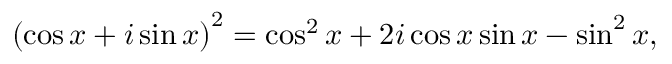
\left( \cos x + i \sin x \right) ^ { 2 } = \cos ^ { 2 } x + 2 i \cos x \sin x - \sin ^ { 2 } x ,